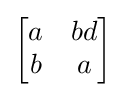
\left[{\begin{matrix}a&bd\\b&a\end{matrix}}\right]